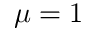
\mu = 1